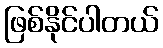
ဖြစ်နိုင်ပါတယ်